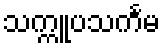
သက္ကူပသင်္ကမ